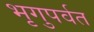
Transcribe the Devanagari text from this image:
भृगुपर्वत